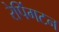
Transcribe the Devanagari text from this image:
रेपिंगटन